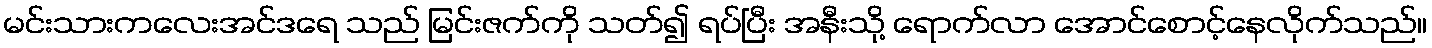
မင်းသားကလေးအင်ဒရေ သည် မြင်းဇက်ကို သတ်၍ ရပ်ပြီး အနီးသို့ ရောက်လာ အောင်စောင့်နေလိုက်သည်။